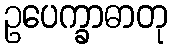
ဥပေက္ခာဓာတု